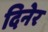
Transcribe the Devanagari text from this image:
दिनेर